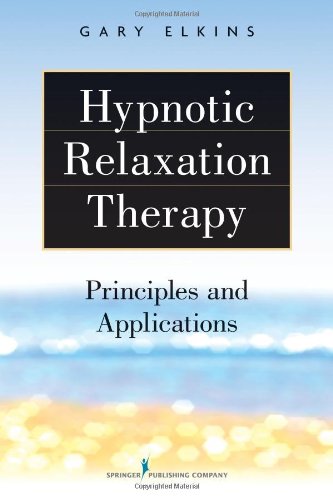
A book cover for Hypnotic Relaxation Therapy: Principles and Applications; Gary Elkins Ph.D.  ABPP  ABPH; Health, Fitness & Dieting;